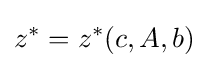
z^{*}=z^{*}(c,A,b)